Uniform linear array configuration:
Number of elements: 12
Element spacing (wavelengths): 0.5
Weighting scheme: uniform
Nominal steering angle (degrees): -45
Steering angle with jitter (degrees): -45.879
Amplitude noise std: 0.05
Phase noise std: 0.05

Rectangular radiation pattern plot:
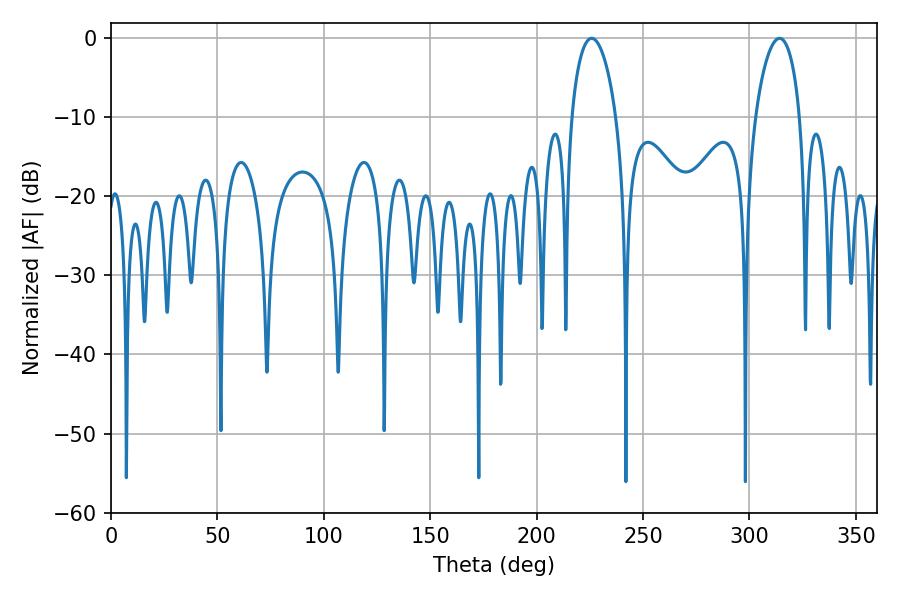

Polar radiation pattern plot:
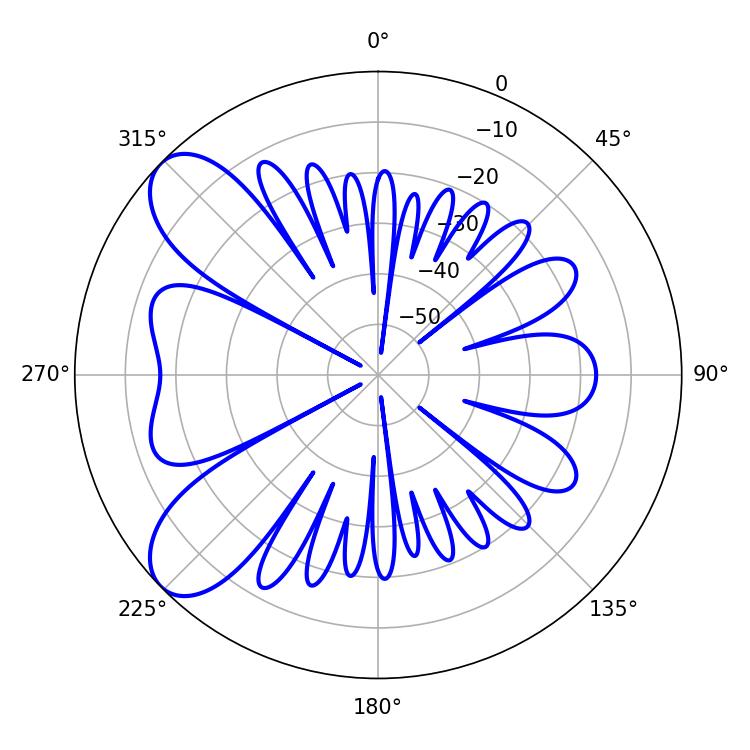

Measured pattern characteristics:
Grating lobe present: FALSE
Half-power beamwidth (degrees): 12.06
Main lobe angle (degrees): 225.9